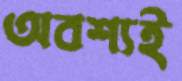
অবশ্যই